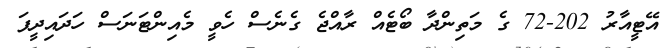
އޭޓީއާރު 202-72 ގެ މަތިންދާ ބޯޓެއް ރާއްޖެ ގެނެސް ހެވީ މެއިންޓަނަސް ހަދައިދީފަ